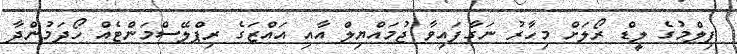
ފިލްމުގެ ލީޑް ރޯލަށް މިހާރު ނަގާފައިވާ ޖުމައްޔިލް އާއި އައްޒަގެ ރިޕްލޭސްމަންޓެއް ހޯދަމުންދާ